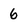
Character: 6